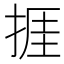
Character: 捱